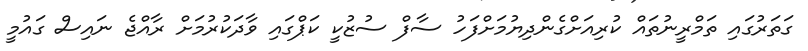
ގަތަރުގައި ތަމްރީނުތައް ކުރިއަށްގެންދިޔުމަށްފަހު ސާފް ސުޒުކީ ކަޕްގައި ވާދަކުރުމަށް ރާއްޖެ ނައިސް ގައުމީ